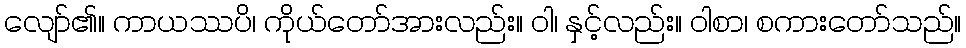
လျော်၏။ ကာယဿပိ၊ ကိုယ်တော်အားလည်း။ ဝါ၊ နှင့်လည်း။ ဝါစာ၊ စကားတော်သည်။